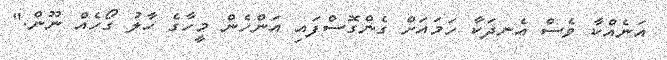
އަނެއްކާ ވެސް އެނދަކާ ހަމައަށް ގެންގޮސްފައި އަންހެން މީހާގެ ހާލު ގޯހެއް ނޫން."